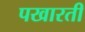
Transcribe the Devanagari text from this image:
पखारती